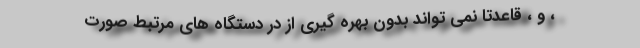
، و ، قاعدتاً نمی تواند بدون بهره گیری از در دستگاه های مرتبط صورت